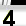
Digit: 4